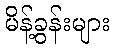
မိန့်ခွန်းများ